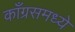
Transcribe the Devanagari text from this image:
काँग्रसमध्ये